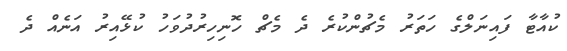
ކުއާޓާ ފައިނަލްގެ ހަތަރު މެޗުންކުރެ ދެ މެޗް ހޮނިހިރުދުވަހު ކުޅޭއިރު އަނެއް ދެ